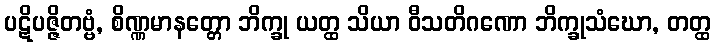
ပဋိပဇ္ဇိတဗ္ဗံ, စိဏ္ဏမာနတ္တော ဘိက္ခု ယတ္ထ သိယာ ဝီသတိဂဏော ဘိက္ခုသံဃော, တတ္ထ